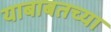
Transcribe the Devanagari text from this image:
याबाबतच्या